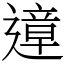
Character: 遧